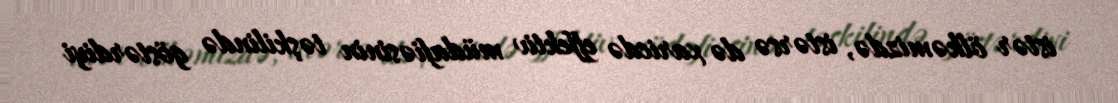
istər ölkəmizdə, istərsə də xaricdə effektiv müdafiəsinin təşkilində göstərdiyi